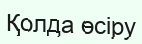
Қолда өсіру